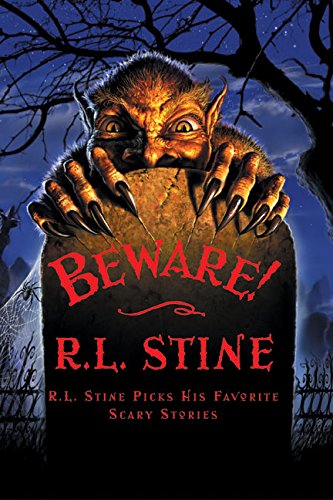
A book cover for Beware!; R.L. Stine; Children's Books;